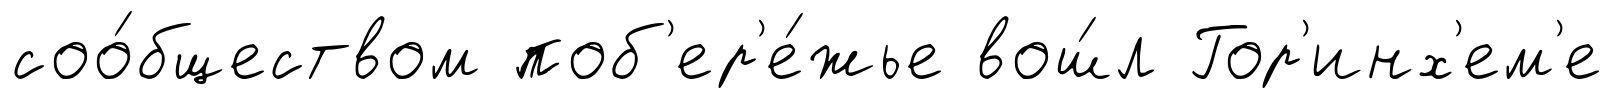
соо́бществом поб'ер'е́жье вош́л Гор'инх'ем'е